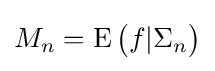
M_{n}=\operatorname {E} {\bigl (}f|\Sigma _{n}{\bigr )}